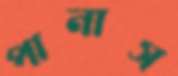
পানাস